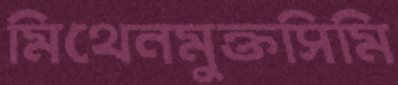
মিথেনমুক্তসিমি